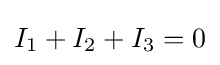
I_{1}+I_{2}+I_{3}=0